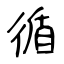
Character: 循